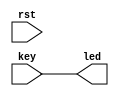
// ********************************************************************
// >>>>>>>>>>>>>>>>>>>>>>>>> COPYRIGHT NOTICE <<<<<<<<<<<<<<<<<<<<<<<<<
// ********************************************************************
// Module name  : top
// Description  : control led through the button
// Web          : www.stepfpga.com
// 
// --------------------------------------------------------------------
// Code Revision History : 
// --------------------------------------------------------------------
// Version: |Mod. Date:   |Changes Made:
// V1.0     |2017/03/02   |Initial ver
// --------------------------------------------------------------------
// Module Function:led
 
module wrong_debounce(
		key,          //
		rst,          //
		led           //led
		);
 
	input key,rst;
	output wire led;
	assign led=key;
 

endmodule